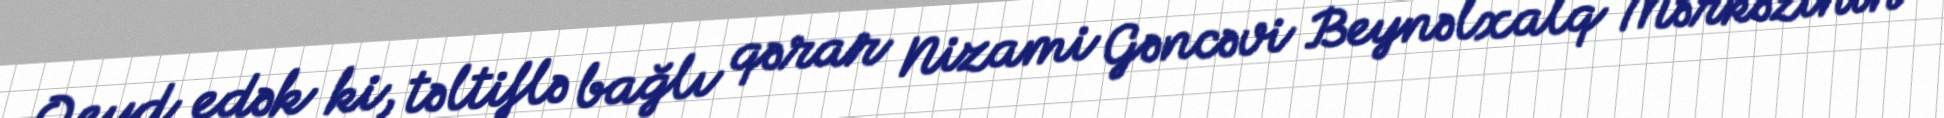
Qeyd edək ki, təltiflə bağlı qərar Nizami Gəncəvi Beynəlxalq Mərkəzinin